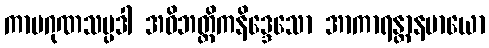
ကာမဂုဏသမ္ပဒါ အဝိဘတ္တိကနိဒ္ဒေသော အာကာရန္တာနမာယော